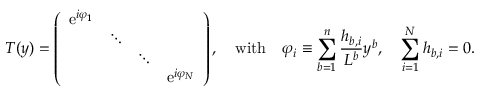
{ \cal T } ( y ) = \left( \begin{array} { c c c c } { { \mathrm { e } ^ { i \varphi _ { 1 } } } } & { { } } & { { } } & { { } } \\ { { } } & { { \ddots } } & { { } } & { { } } \\ { { } } & { { } } & { { \ddots } } & { { } } \\ { { } } & { { } } & { { } } & { { \mathrm { e } ^ { i \varphi _ { N } } } } \end{array} \right) , \quad \mathrm { w i t h } \quad \varphi _ { i } \equiv \sum _ { b = 1 } ^ { n } { \frac { h _ { b , i } } { L ^ { b } } } y ^ { b } , \quad \sum _ { i = 1 } ^ { N } h _ { b , i } = 0 .